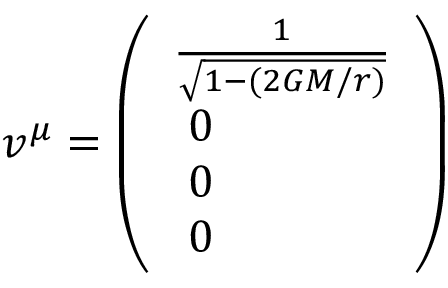
v ^ { \mu } = \left( \begin{array} { l } { { \frac { 1 } { \sqrt { 1 - ( 2 G M / r ) } } } } \\ { { { } ~ 0 } } \\ { { { } ~ 0 } } \\ { { { } ~ 0 } } \end{array} \right)